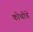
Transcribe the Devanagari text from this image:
कोथीचे